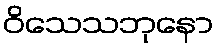
ဝိသေသဘုနော